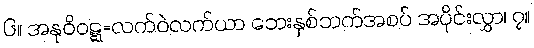
၆။ အနုဝိဝဋ္ဋ=လက်ဝဲလက်ယာ ဘေးနှစ်ဘက်အစပ် အပိုင်းလွှာ၊ ၇။